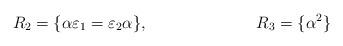
LaTeX: \begin{align*}R_2&=\{\alpha \varepsilon_1= \varepsilon_2 \alpha\},&R_3&=\{\alpha^2\}\end{align*}